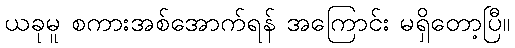
ယခုမူ စကားအစ်အောက်ရန် အကြောင်း မရှိတော့ပြီ။